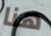
هنا